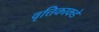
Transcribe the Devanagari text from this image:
वृत्तिकाकडे